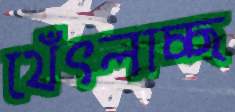
থেঁৎলাচ্ছ